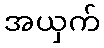
အယှက်